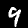
Digit: 9